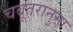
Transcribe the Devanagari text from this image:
चबूतरानुमा